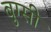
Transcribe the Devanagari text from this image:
बुग्‍सी